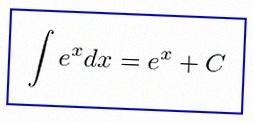
\int e^x dx=e^x+C